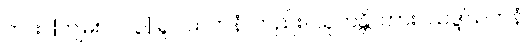
ကား။ [ကျမ်း ၁၀၃] ရူပါယတနံ၊ တည်း။ သုတန္တိ၊ ကား။ သဒ္ဒါယတနံ၊